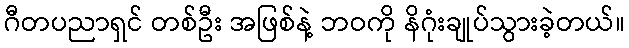
ဂီတပညာရှင် တစ်ဦး အဖြစ်နဲ့ ဘဝကို နိဂုံးချုပ်သွားခဲ့တယ်။